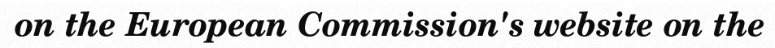
on the European Commission's website on the